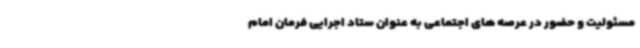
مسئولیت و حضور در عرصه های اجتماعی به عنوان ستاد اجرایی فرمان امام